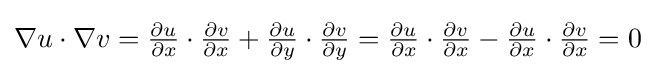
{\textstyle \nabla u\cdot \nabla v={\frac {\partial u}{\partial x}}\cdot {\frac {\partial v}{\partial x}}+{\frac {\partial u}{\partial y}}\cdot {\frac {\partial v}{\partial y}}={\frac {\partial u}{\partial x}}\cdot {\frac {\partial v}{\partial x}}-{\frac {\partial u}{\partial x}}\cdot {\frac {\partial v}{\partial x}}=0}